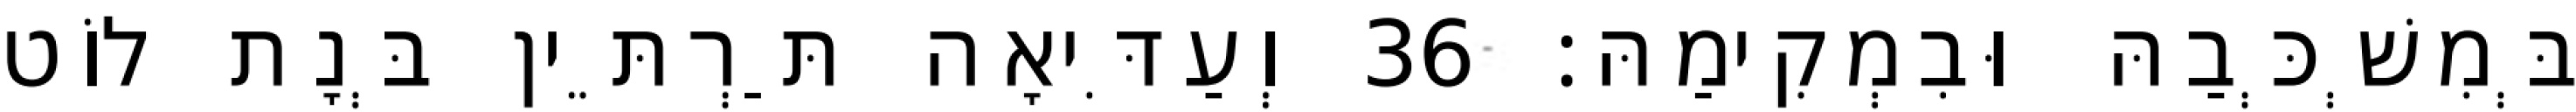
בְּמִשְׁכְּבַהּ וּבִמְקִימַהּ׃ 36 וְעַדִּיאָה תַּרְתֵּין בְּנָת לוֹט